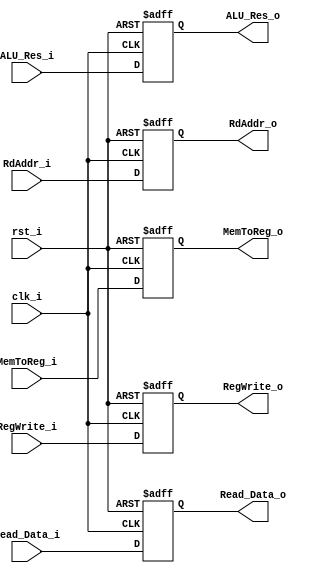
module Pipe_MEM_WB(
    clk_i,
    rst_i,
    
    ALU_Res_i,
    ALU_Res_o,
    Read_Data_i,
    Read_Data_o,
    RdAddr_i   ,
    RdAddr_o   ,
    MemToReg_i ,
    RegWrite_i ,
    MemToReg_o ,
    RegWrite_o 
);

input  clk_i;
input  rst_i;
input  [31:0] ALU_Res_i;
input  [31:0] Read_Data_i;
input  [4:0] RdAddr_i;
input  MemToReg_i;
input  RegWrite_i;

output reg [31:0] ALU_Res_o;
output reg [31:0] Read_Data_o;
output reg [4:0] RdAddr_o;
output reg MemToReg_o;
output reg RegWrite_o;

always @(posedge clk_i or negedge rst_i) begin
    if (~rst_i) begin
        ALU_Res_o <= 0;
        Read_Data_o <= 0;
        RdAddr_o <= 0;
        MemToReg_o <= 0;
        RegWrite_o <= 0;
    end
    else begin
        ALU_Res_o <= ALU_Res_i;
        Read_Data_o <= Read_Data_i;
        RdAddr_o <= RdAddr_i;
        MemToReg_o <= MemToReg_i;
        RegWrite_o <= RegWrite_i;
    end
end

endmodule